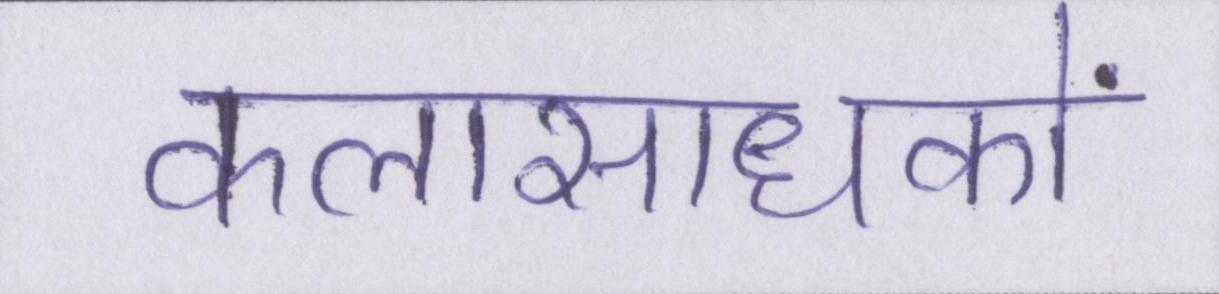
कलासाधकों